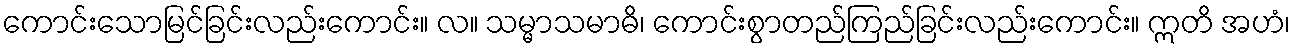
ကောင်းသောမြင်ခြင်းလည်းကောင်း။ လ။ သမ္မာသမာဓိ၊ ကောင်းစွာတည်ကြည်ခြင်းလည်းကောင်း။ ဣတိ အဟံ၊